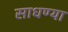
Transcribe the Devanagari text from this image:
साधण्या